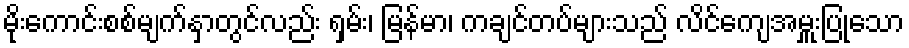
မိုးကောင်းစစ်မျက်နှာတွင်လည်း ရှမ်း၊ မြန်မာ၊ ကချင်တပ်များသည် လိင်ကျေအမှူးပြုသော